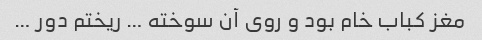
مغز کباب خام بود و روی آن سوخته … ریختم دور …